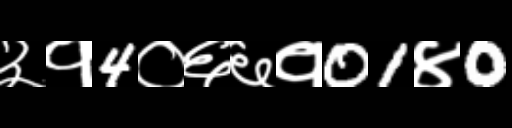
Text: ३१4०६६१01४0